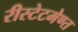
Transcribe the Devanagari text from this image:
रीस्टेटमेण्त